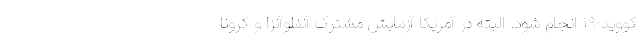
کووید-۱۹ انجام شود. البته در آمریکا آزمایش مشترک آنفلوآنزا و کرونا